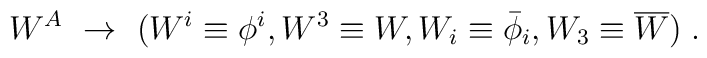
W^A \ \rightarrow\ (W^i\equiv \phi^i, W^3\equiv W,W_i \equiv \bar \phi_i, W_3 \equiv \overline W)\;.